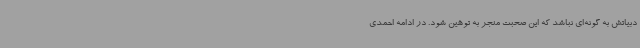
دبیاتش به گونه‌ای نباشد که این صحبت منجر به توهین شود. در ادامه احمدی